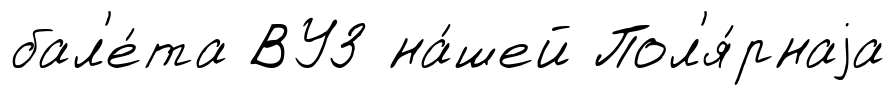
бал'е́та ВУЗ на́шей Пол'я́рнаjа